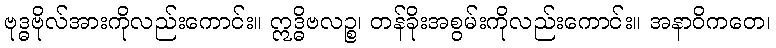
ဗုဒ္ဓဗိုလ်အားကိုလည်းကောင်း။ ဣဒ္ဓိဗလဉ္စ၊ တန်ခိုးအစွမ်းကိုလည်းကောင်း။ အနာဝိကတေ၊